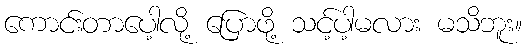
ကောင်းတာပေါ့လို့ ပြောဖို့ သင့်ပါ့မလား မသိဘူး။